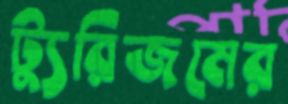
ট্যুরিজমের